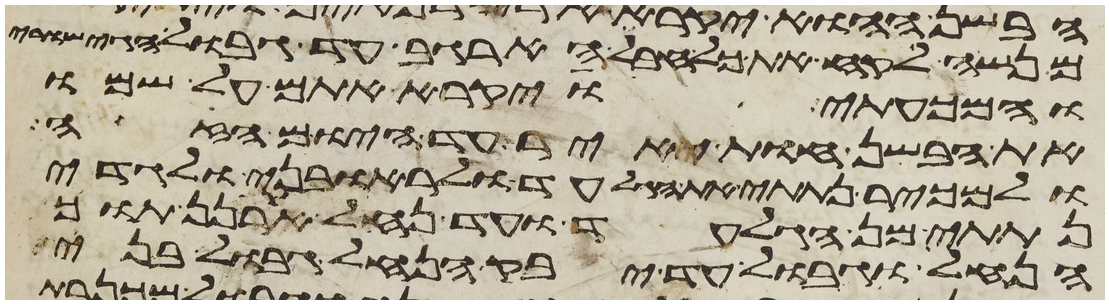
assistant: מנשה לקח את כל חבל הארגב עד גבול הגישורי
והמכעתי ויקרא אתם על שמו
את הבשן חות יאיר עד היום הזה
ולמכיר נתתי את הגלעד ולראובני ולגדי
נתתי מן הגלעד ועד נחל ארנן תוך
הנחל וגבול עד יבק הנחל גבול בני